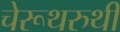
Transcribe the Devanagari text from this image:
चेरूथरुथी